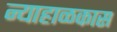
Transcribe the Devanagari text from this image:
न्याहाळकास